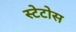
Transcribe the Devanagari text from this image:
स्टेटोस